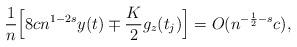
LaTeX: \begin{align*}\frac{1}{n}\Bigl[ 8 cn^{1-2s}y(t) \mp \frac{K}{2}g_z(t_{j})\Bigr]=O(n^{ -\frac 12-s}c ),\end{align*}